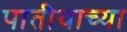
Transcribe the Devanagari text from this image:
पातीयाच्या